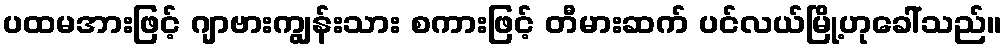
ပထမအားဖြင့် ဂျာဗားကျွန်းသား စကားဖြင့် တီမားဆက် ပင်လယ်မြို့ဟုခေါ်သည်။